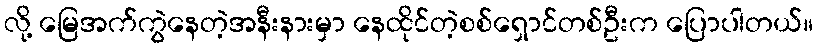
လို့ မြေအက်ကွဲနေတဲ့အနီးနားမှာ နေထိုင်တဲ့စစ်ရှောင်တစ်ဦးက ပြောပါတယ်။